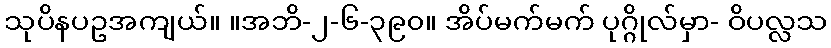
သုပိနပဥအကျယ်။ ။အဘိ-၂-၆-၃၉၀။ အိပ်မက်မက် ပုဂ္ဂိုလ်မှာ- ဝိပလ္လသ